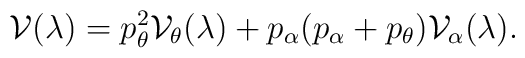
{\cal V}(\lambda)=p_{\theta}^{2}{\cal V}_{\theta}(\lambda)+p_{\alpha}(p_{\alpha}+p_{\theta}){\cal V}_{\alpha}(\lambda).